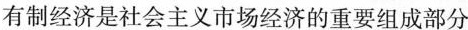
有制经济是社会主义市场经济的重要组成部分